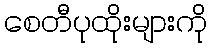
စေတီပုထိုးများကို